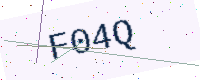
Text: F04Q